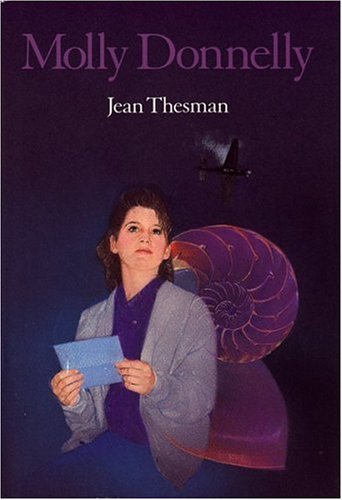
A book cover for Molly Donnelly; Jean Thesman; Teen & Young Adult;